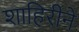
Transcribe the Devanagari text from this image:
शाहिरीने